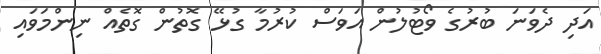
އަދި ދެވަނަ ބުރުގެ ވޯޓުލުން އަވަސް ކުރުމާ ގުޅޭ ގޮތުން ގޮތެއް ނިންމަވައި